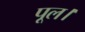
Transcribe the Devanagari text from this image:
पूल।